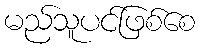
မည်သူပင်ဖြစ်စေ